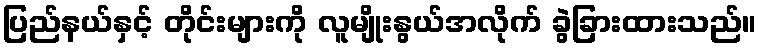
ပြည်နယ်နှင့် တိုင်းများကို လူမျိုးနွယ်အလိုက် ခွဲခြားထားသည်။